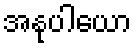
အနုပါယော